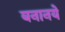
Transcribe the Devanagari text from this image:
बनानये